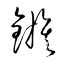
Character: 鏃